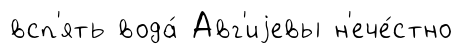
всп'ять вода́ Авг'иjевы н'ече́стно